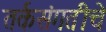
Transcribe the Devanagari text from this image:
तर्कसंगतीचे